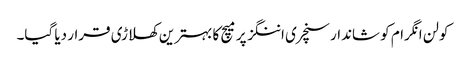
کولن انگرام کو شاندار سنچری اننگز پر میچ کا بہترین کھلاڑی قرار دیا گیا۔